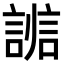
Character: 𧩵